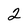
Character: 2